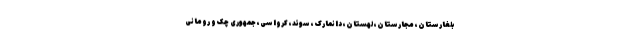
بلغارستان، مجارستان، لهستان، دانمارک، سوئد، کرواسی، جمهوری چک و رومانی